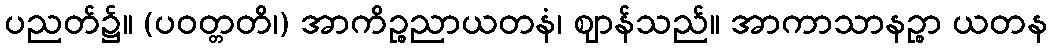
ပညတ်၌။ (ပဝတ္တတိ၊) အာကိဉ္စညာယတနံ၊ ဈာန်သည်။ အာကာသာနဉ္စာ ယတန